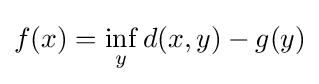
f(x)=\inf _{y}d(x,y)-g(y)